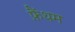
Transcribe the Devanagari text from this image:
फ़ैंथम